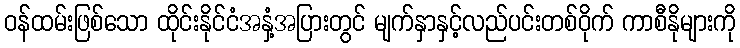
ဝန်ထမ်းဖြစ်သော ထိုင်းနိုင်ငံအနှံ့အပြားတွင် မျက်နှာနှင့်လည်ပင်းတစ်ဝိုက် ကာစီနိုများကို